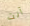
أنت